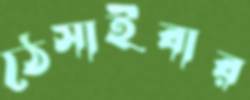
ঠেসাইবার